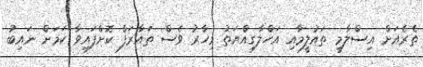
ތެރެއަށް އިސްލާމީ ތައުލީމާއި އަހްލާގިއްޔަތު މިހާރު ވެސް ތައާރަފް ކޮށްފައިވާ ކަމަށް ނައިބު